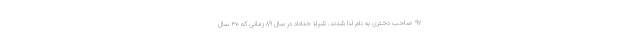
۹۷ صاحب دختری به نام لنا شدند. شیلا خداداد در سال ۸۹ زمانی که ۳۰ سال